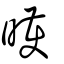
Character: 㬦